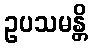
ဥပသမန္တိ